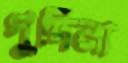
পুদিনা